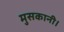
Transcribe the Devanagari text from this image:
मुसकानी।